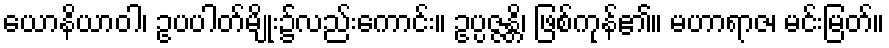
ယောနိယာဝါ၊ ဥပပါတ်မျိုး၌လည်းကောင်း။ ဥပ္ပဇ္ဇန္တိ၊ ဖြစ်ကုန်၏။ မဟာရာဇ၊ မင်းမြတ်။